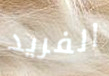
الفريد